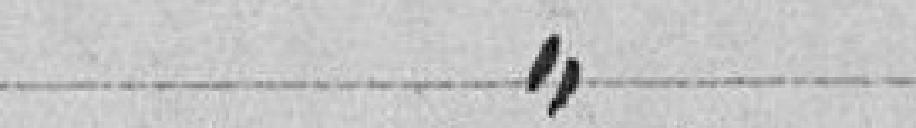
Classe